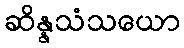
ဆိန္နသံသယော